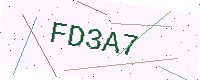
Text: FD3A7